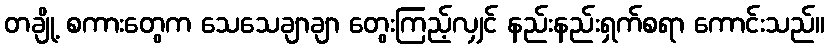
တချို့ စကားတွေက သေသေချာချာ တွေးကြည့်လျှင် နည်းနည်းရှက်စရာ ကောင်းသည်။